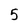
Character: 5